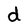
Character: d